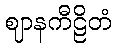
ဈာနကီဠိတံ